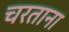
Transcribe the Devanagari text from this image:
चरताना